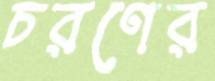
চরণের